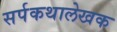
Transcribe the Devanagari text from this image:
सर्पकथालेखक